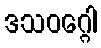
ဒသဝဂ္ဂေါ